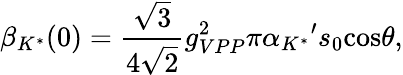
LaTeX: {\beta}_{{K}^{*}}(0)={\frac{\sqrt{3}}{4\sqrt{2}}}{g}_{VPP}^{2}\pi{{\alpha}_{{K}^{*}}}^{\prime}{s}_{0}\mathrm{cos}{\theta},